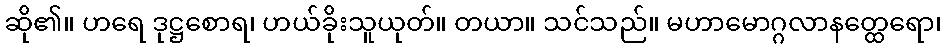
ဆို၏။ ဟရေ ဒုဋ္ဌစောရ၊ ဟယ်ခိုးသူယုတ်။ တယာ။ သင်သည်။ မဟာမောဂ္ဂလာနတ္ထေရော၊